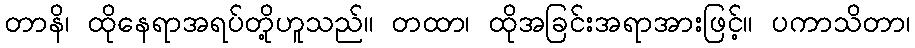
တာနိ၊ ထိုနေရာအရပ်တို့ဟူသည်။ တထာ၊ ထိုအခြင်းအရာအားဖြင့်။ ပကာသိတာ၊